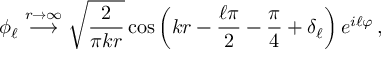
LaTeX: \phi _ { \ell } \stackrel { r \rightarrow \infty } { \longrightarrow } \sqrt { \frac { 2 } { \pi k r } } \cos \left( k r - \frac { \ell \pi } { 2 } - \frac { \pi } { 4 } + \delta _ { \ell } \right) e ^ { i \ell \varphi } \, ,